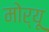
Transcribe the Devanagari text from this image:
मोर्यू